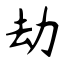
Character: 劫